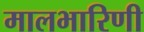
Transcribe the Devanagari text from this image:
मालभारिणी